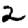
Digit: 2